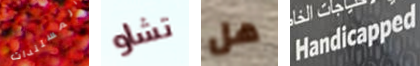
المستندات تشاو هل Handicapped